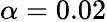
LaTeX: \alpha=0.02